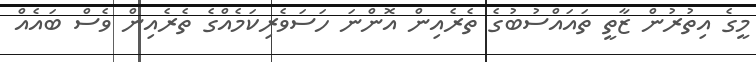
މީގެ އިތުރުން ޒާތީ ތައައްސުބުގެ ތެރެއިން އޮންނަ ހަސަވެރިކަމެއްގެ ތެރެއިން ވެސް ބައެއް